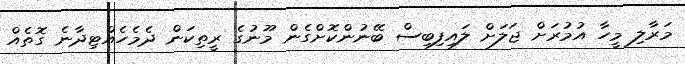
މަރާލި މީހާ އުމުރަށް ޖަލަށް ލައިފިބިސް ބޭނުންކޮށްގެން މޫނުގެ ރީތިކަން ދެމެހެއްޓިދާނެ ގޮތެއް